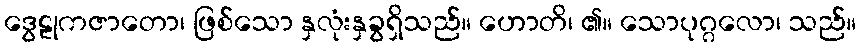
ဒွေဠုကဇာတော၊ ဖြစ်သော နှလုံးနှခွရှိသည်။ ဟောတိ၊ ၏။ သောပုဂ္ဂလော၊ သည်။